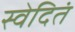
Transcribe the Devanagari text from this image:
स्वेदितं